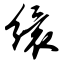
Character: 缳